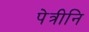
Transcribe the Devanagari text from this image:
पेत्रीनि